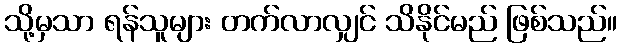
သို့မှသာ ရန်သူများ တက်လာလျှင် သိနိုင်မည် ဖြစ်သည်။